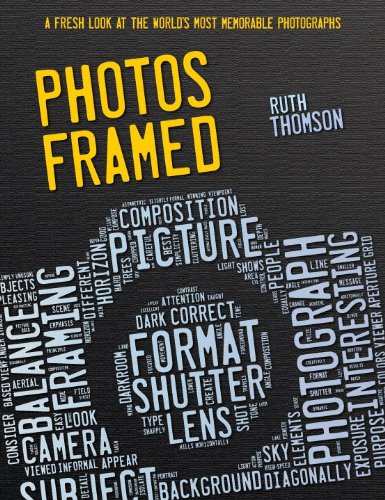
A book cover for Photos Framed: A Fresh Look at the World's Most Memorable Photographs; Ruth Thomson; Children's Books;